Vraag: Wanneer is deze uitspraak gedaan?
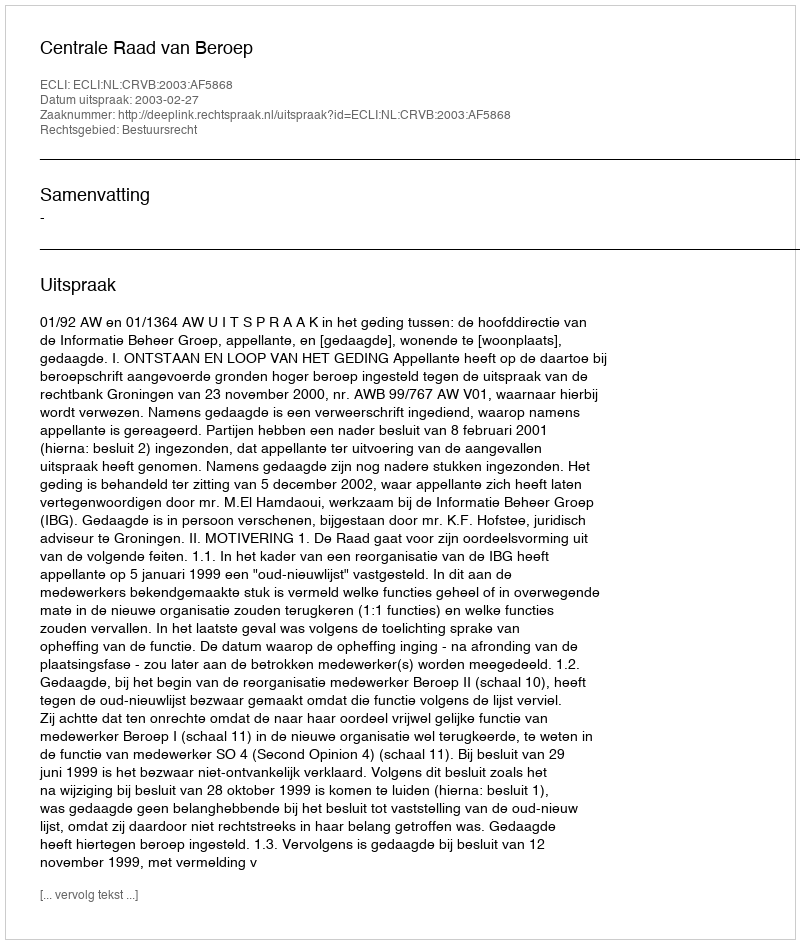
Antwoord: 2003-02-27